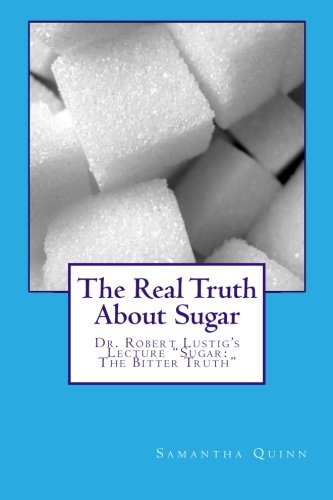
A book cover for The Real Truth About Sugar: Dr. Robert Lustig's "Sugar: The Bitter Truth"; Samantha Quinn; Health, Fitness & Dieting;